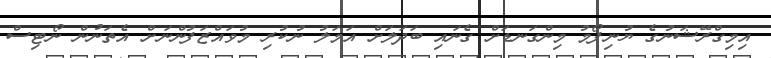
އިމިގްރޭޝަނުގެ ޔުނިފޯމު މިންގަނޑަށް ގެނައި ބަދަލަށް އަމަލު ނުކުރި މުވައްޒަފުންނަށް އެތަނުން ނޯޓިސް